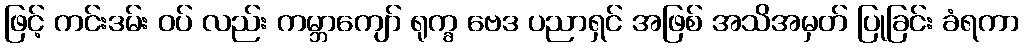
ဖြင့် ကင်းဒမ်း ဝပ် လည်း ကမ္ဘာကျော် ရုက္ခ ဗေဒ ပညာရှင် အဖြစ် အသိအမှတ် ပြုခြင်း ခံရကာ